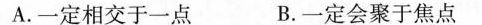
A.一定相交于一点 B.一定会聚于焦点